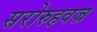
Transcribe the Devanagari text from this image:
सरोरुहवज्र